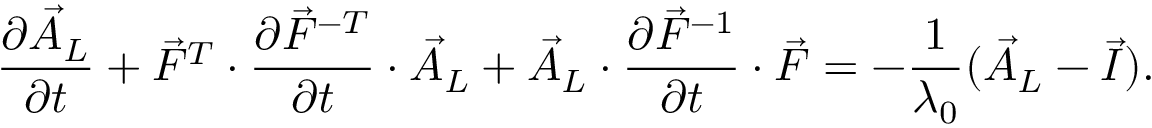
\frac { \partial \vec { A } _ { L } } { \partial t } + \vec { F } ^ { T } \cdot \frac { \partial \vec { F } ^ { - T } } { \partial t } \cdot \vec { A } _ { L } + \vec { A } _ { L } \cdot \frac { \partial \vec { F } ^ { - 1 } } { \partial t } \cdot \vec { F } = - \frac { 1 } { \lambda _ { 0 } } ( \vec { A } _ { L } - \vec { I } ) .